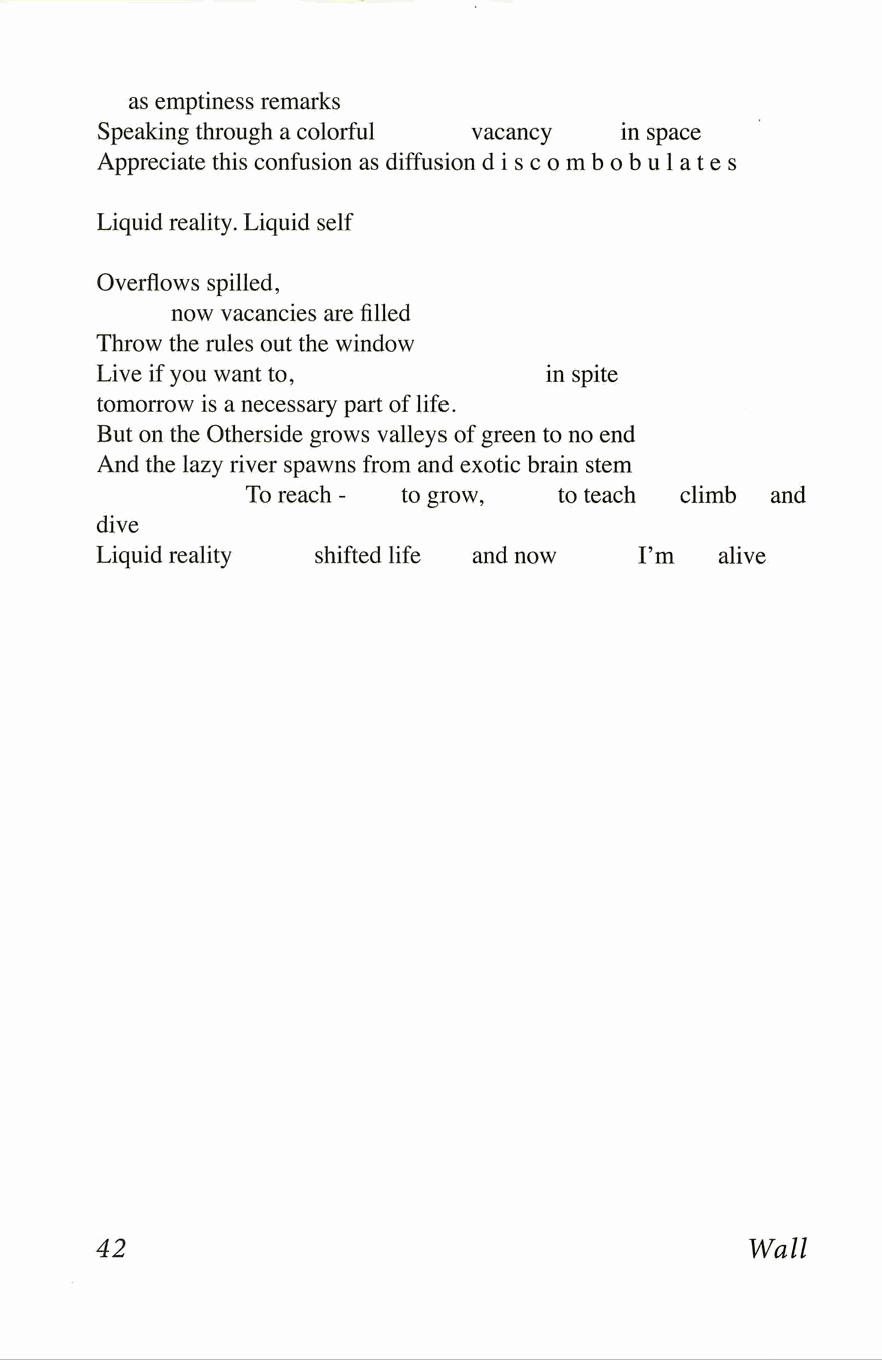
as emptiness remarks
 Speaking through a colorful vacancy in space
 Appreciate this confusion as diffusion discombobulates
 Liquid reality. Liquid self
 Overflows spilled,
 now vacancies are filled
 Throw the rules out the window
 Live if you want to,          in spite
 tomorrow is a necessary part of life.
 But on the Otherside grows valleys of green to no end
 And the lazy river spawns from and exotic brain stem
 To reach - to grow,  to teach climb and
 dive
 Liquid reality shifted life and now I'm  alive
 42                                         Wall